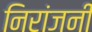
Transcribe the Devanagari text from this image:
निरांजनी